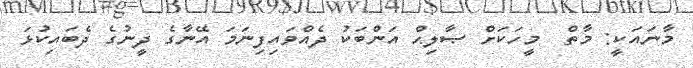
މާނައަކީ: މާތް  މީހަކަށް ޞާލިޙް އަންބަކު ދެއްވައިފިނަމަ އޭނާގެ ދީނުގެ ދެބައިކުޅަ